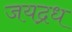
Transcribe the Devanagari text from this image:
जयद्रध